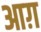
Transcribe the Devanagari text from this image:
आग़